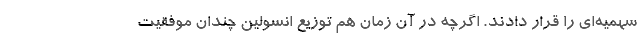
سهمیه‌ای را قرار دادند. اگرچه در آن زمان هم توزیع انسولین چندان موفقیت